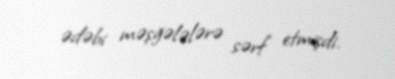
ədəbi məşğələlərə sərf etmişdi.